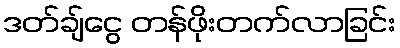
ဒတ်ချ်ငွေ တန်ဖိုးတက်လာခြင်း